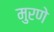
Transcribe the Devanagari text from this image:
मुरणे